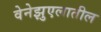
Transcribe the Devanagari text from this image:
वेनेझुएलातील